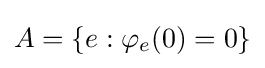
A=\{e:\varphi _{e}(0)=0\}